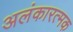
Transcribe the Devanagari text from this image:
अलंकारत्मक